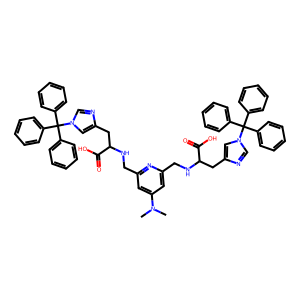
SMILES: CN(C)c1cc(CNC(Cc2cn(C(c3ccccc3)(c3ccccc3)c3ccccc3)cn2)C(=O)O)nc(CNC(Cc2cn(C(c3ccccc3)(c3ccccc3)c3ccccc3)cn2)C(=O)O)c1
Inhibits HIV replication: No